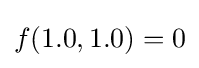
f(1.0,1.0)=0